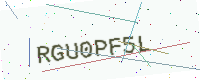
Text: RGU0PF5L